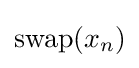
{\textstyle \operatorname {swap} (x_{n})}